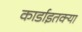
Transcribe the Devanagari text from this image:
कार्डाइतक्या